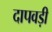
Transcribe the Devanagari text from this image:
दापवड़ी